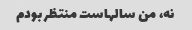
نه، من سالهاست منتظر بودم